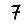
Digit: 7